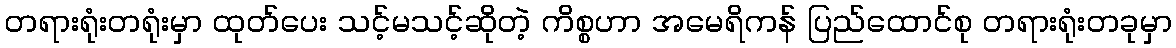
တရားရုံးတရုံးမှာ ထုတ်ပေး သင့်မသင့်ဆိုတဲ့ ကိစ္စဟာ အမေရိကန် ပြည်ထောင်စု တရားရုံးတခုမှာ